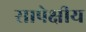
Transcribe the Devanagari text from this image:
सापेक्षीय